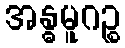
အန္ဓမူဂဉ္စ